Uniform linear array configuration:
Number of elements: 16
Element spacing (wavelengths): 1
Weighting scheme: hamming
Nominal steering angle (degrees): -60
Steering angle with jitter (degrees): -58.821
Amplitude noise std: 0.05
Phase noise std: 0.05

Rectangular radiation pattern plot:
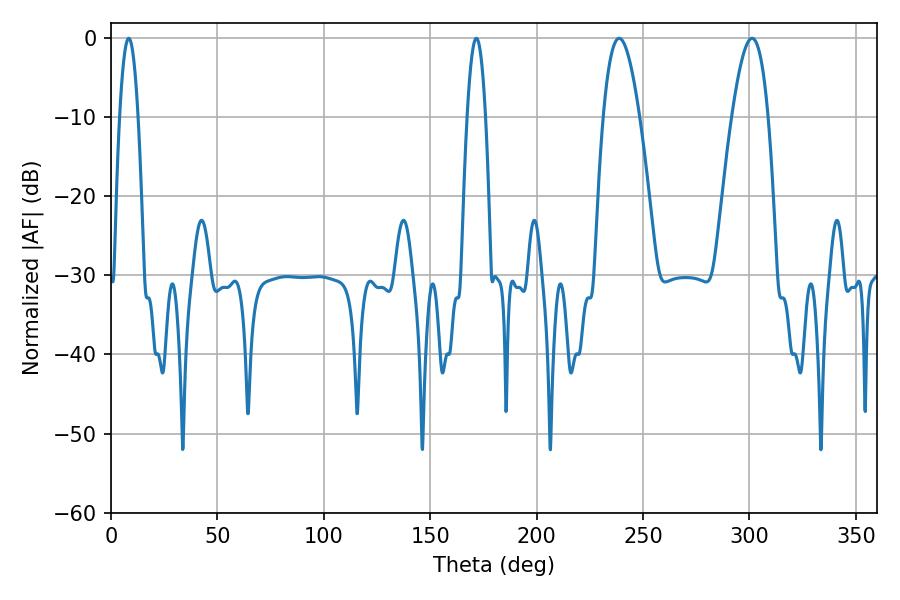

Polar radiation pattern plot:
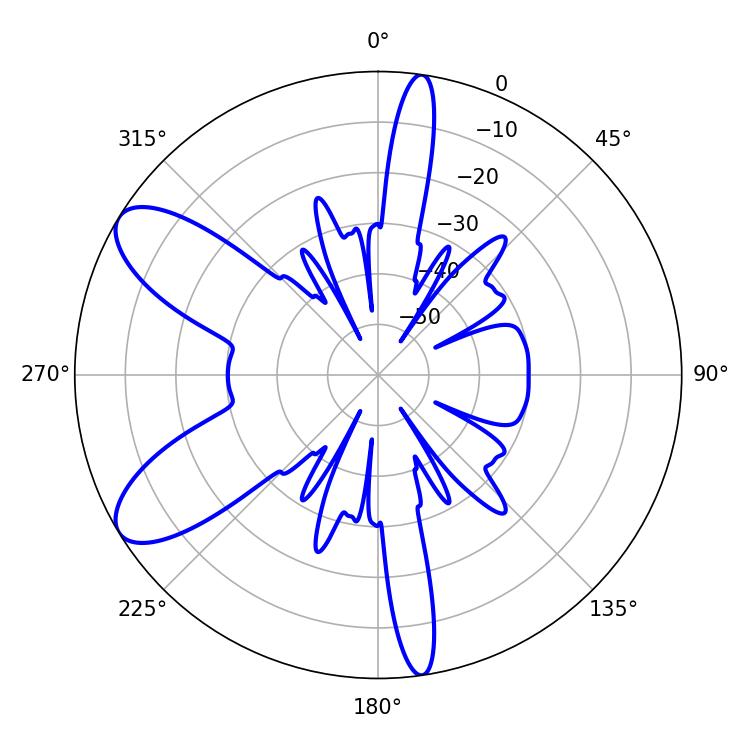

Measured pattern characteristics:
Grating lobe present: TRUE
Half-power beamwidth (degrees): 9.18
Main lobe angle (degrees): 238.86